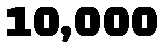
10,000